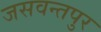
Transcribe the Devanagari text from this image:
जसवन्तपुर